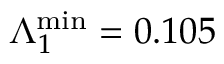
\Lambda _ { 1 } ^ { \mathrm { m i n } } = 0 . 1 0 5